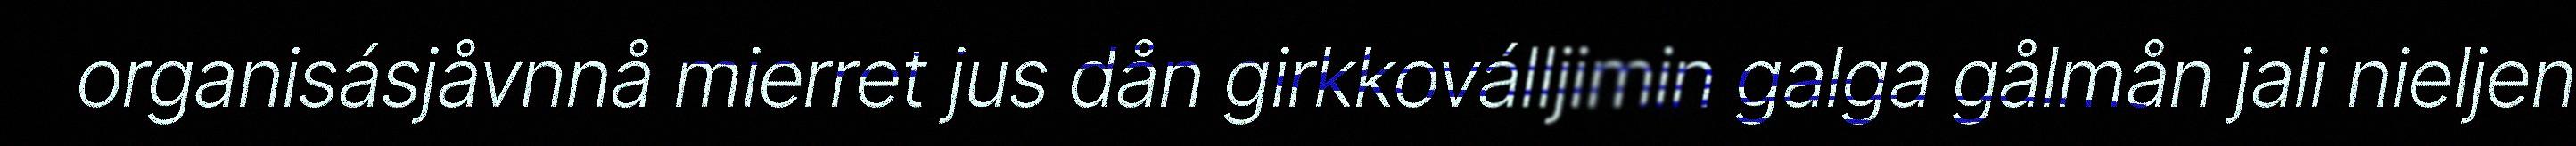
organisásjåvnnå mierret jus dån girkkoválljimin galga gålmån jali nieljen